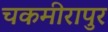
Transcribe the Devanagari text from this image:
चकमीरापुर